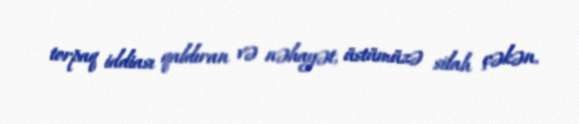
torpaq iddiası qaldıran və nəhayət, üstümüzə silah çəkən.